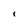
Character: 1